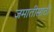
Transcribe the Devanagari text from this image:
जमातीसाठी